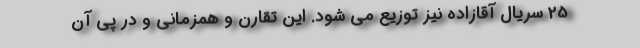
25 سریال آقازاده نیز توزیع می شود. این تقارن و همزمانی و در پی آن